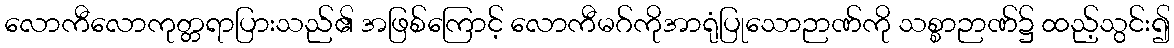
လောကီလောကုတ္တရာပြားသည်၏ အဖြစ်ကြောင့် လောကီမဂ်ကိုအာရုံပြုသောဉာဏ်ကို သစ္စာဉာဏ်၌ ထည့်သွင်း၍